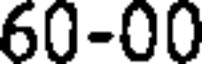
60-00